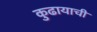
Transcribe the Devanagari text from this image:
कुढायाची